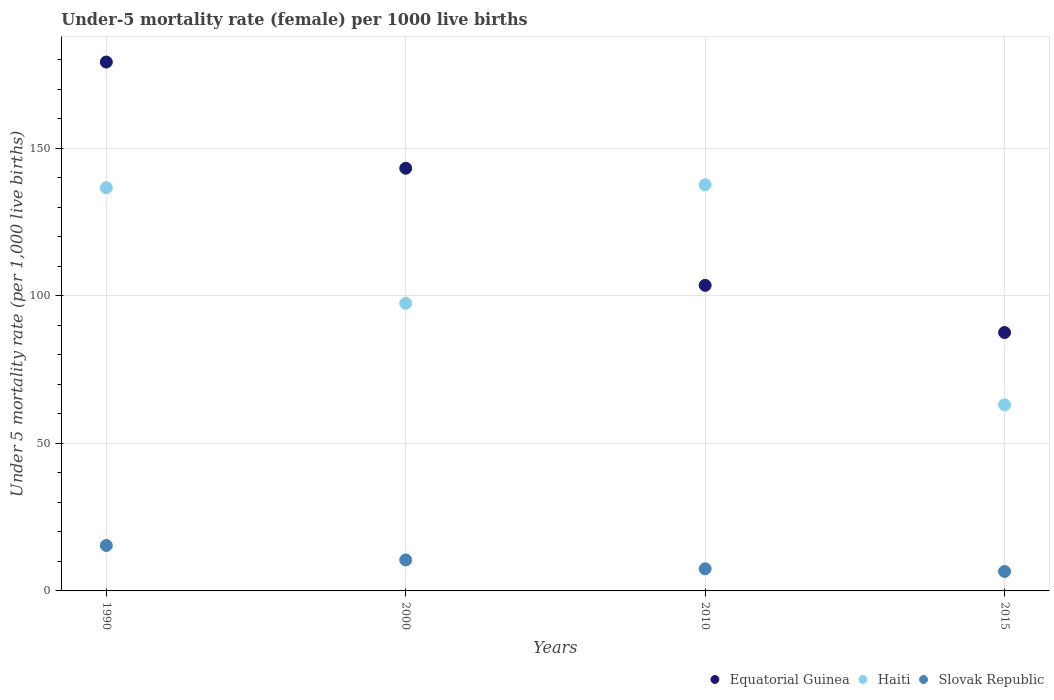
| Years | Equatorial Guinea | Haiti | Slovak Republic |
 | --- | --- | --- | --- |
 | 1990 | 179 | 137 | 15.4 |
 | 2000 | 143 | 97.5 | 10.5 |
 | 2010 | 104 | 138 | 7.5 |
 | 2015 | 87.6 | 63.1 | 6.6 |